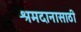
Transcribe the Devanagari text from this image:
श्रमदानासाठी